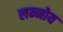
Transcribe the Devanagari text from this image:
लन्नोय